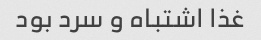
غذا اشتباه و سرد بود